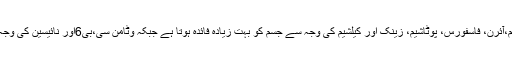
اس میں موجود منرلز جیسے سوڈیم،آئرن، فاسفورس، پوٹاشیم، زینک اور کیلشیم کی وجہ سے جسم کو بہت زیادہ فائدہ ہوتا ہے جبکہ وٹامن سی،بی6اور نائیسین کی وجہ سے جسم کو معتدل غذا ملتی ہے۔